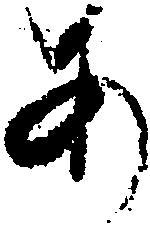
あ